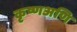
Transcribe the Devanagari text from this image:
कृष्णअणि